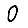
Digit: 0